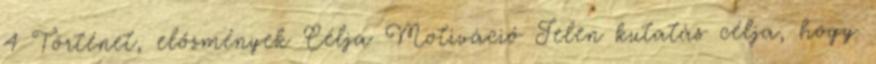
4 Történet, előzmények Célja Motiváció Jelen kutatás célja, hogy